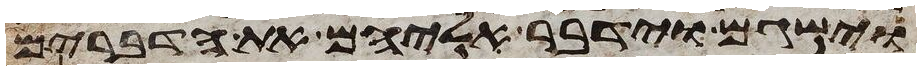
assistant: וישגם וידבר אליהם את הדברים